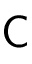
\mathsf { C }